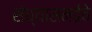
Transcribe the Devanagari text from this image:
संध्यासमईचे